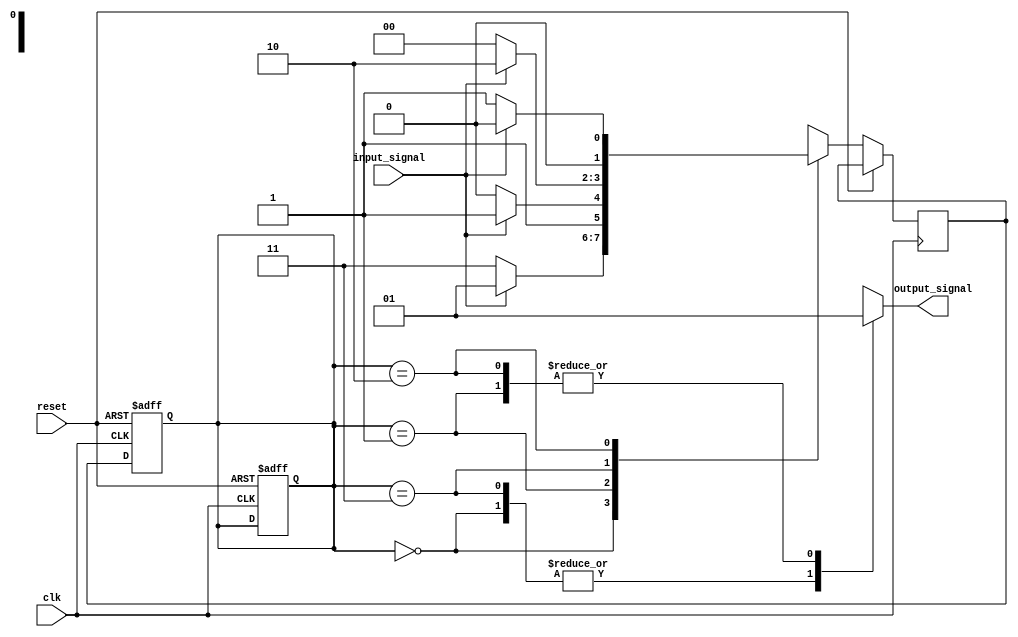
module gray_state_machine(
    input wire clk, // Clock input
    input wire reset, // Reset signal
    input wire input_signal, // Input signal
    output reg output_signal // Output signal
);

// Define state encoding using Gray code
parameter STATE_A = 2'b00;
parameter STATE_B = 2'b01;
parameter STATE_C = 2'b11;
parameter STATE_D = 2'b10;

// Define state register and next state
reg [1:0] current_state, next_state;

// State transition logic
always @(posedge clk or posedge reset) begin
    if (reset) begin
        current_state <= STATE_A; // Initialize state to STATE_A
    end else begin
        case (current_state)
            STATE_A: begin
                if (input_signal) begin
                    next_state <= STATE_B;
                end else begin
                    next_state <= STATE_C;
                end
            end
            STATE_B: begin
                if (input_signal) begin
                    next_state <= STATE_C;
                end else begin
                    next_state <= STATE_D;
                end
            end
            STATE_C: begin
                if (input_signal) begin
                    next_state <= STATE_D;
                end else begin
                    next_state <= STATE_A;
                end
            end
            STATE_D: begin
                if (input_signal) begin
                    next_state <= STATE_A;
                end else begin
                    next_state <= STATE_B;
                end
            end
        endcase
    end
end

// Update current state
always @(posedge clk or posedge reset) begin
    if (reset) begin
        current_state <= STATE_A; // Initialize state to STATE_A
    end else begin
        current_state <= next_state;
    end
end

// Output logic
always @(current_state) begin
    case (current_state)
        STATE_A: output_signal = 1'b0;
        STATE_B: output_signal = 1'b1;
        STATE_C: output_signal = 1'b0;
        STATE_D: output_signal = 1'b1;
    endcase
end

endmodule